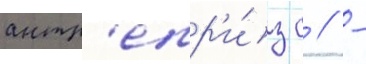
антр'епр'и́з с // -